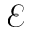
\mathcal { E }